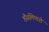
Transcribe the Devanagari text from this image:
हैंसलिपरशे